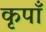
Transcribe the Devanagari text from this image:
कृपाँ